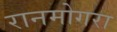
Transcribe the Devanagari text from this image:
रानमोगरा